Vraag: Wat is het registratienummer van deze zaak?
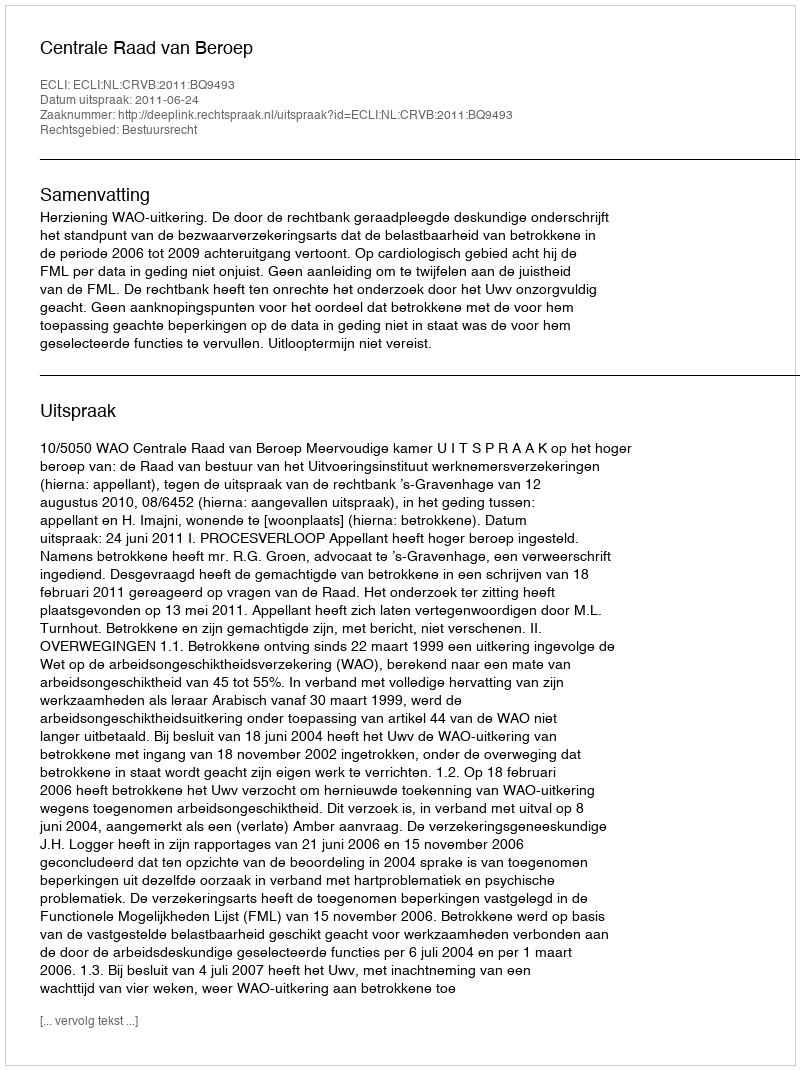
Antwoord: http://deeplink.rechtspraak.nl/uitspraak?id=ECLI:NL:CRVB:2011:BQ9493